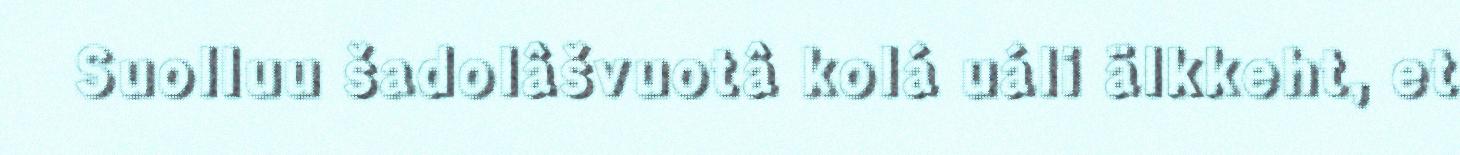
Suolluu šadolâšvuotâ kolá uáli älkkeht, et